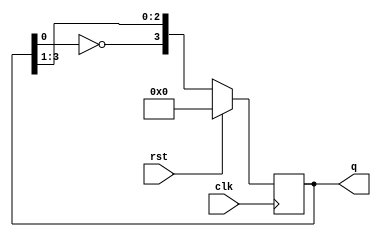
`timescale 1ns / 1ps
module twisted_ring_counter #(parameter N=4)(q,clk,rst);
output reg [N-1:0]q;
input clk,rst;
always @(posedge clk)
begin
if(rst)
q<='b0000;
else
q<={~q[0],q[N-1:1]};
end
endmodule